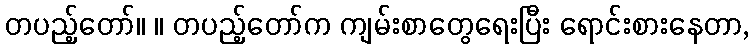
တပည့်တော်။ ။ တပည့်တော်က ကျမ်းစာတွေရေးပြီး ရောင်းစားနေတာ,